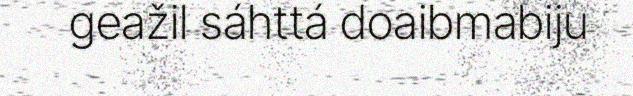
geažil sáhttá doaibmabiju